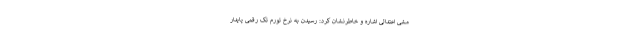
مشی اعتدالی اشاره و خاطرنشان کرد: رسیدن به نرخ تورم تک رقمی پایدار